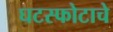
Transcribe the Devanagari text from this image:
घटस्फोटाचे